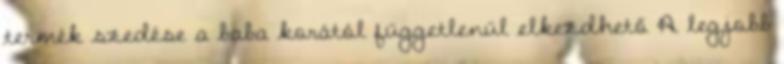
termék szedése a baba korától függetlenül elkezdhető A legjobb